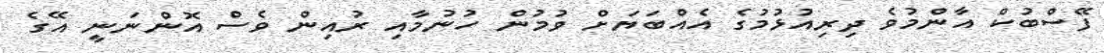
ފޭސްބުކް އާންމުވެ ދިރިއުޅުމުގެ އެއްބަޔަށް ވުމުން ހުނުމާއި ރުއިން ވެސް އޮންނަނީ އޭގެ